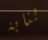
بناية